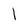
Character: l